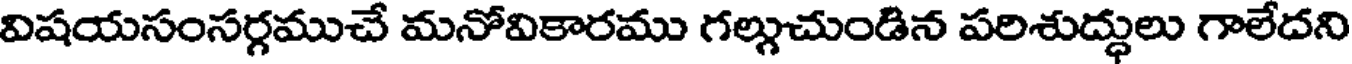
విషయసంసర్గముచే మనోవికారము గల్గుచుండిన పరిశుద్ధులు గాలేదని